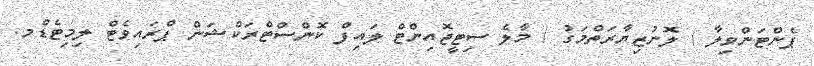
ޕެންޓަންވިލާ / ލޮނުޒިޔާރަތްމަގު / މާލެ ސިޓީޖޮއިންޓް ލައިފް ކޮންސްޓްރަކްޝަން ޕްރައިވެޓް ލިމިޓެޑްމ.